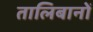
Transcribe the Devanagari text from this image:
तालिबानों